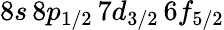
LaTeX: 8s\, 8p_{1/2}\, 7d_{3/2}\, 6f_{5/2}